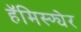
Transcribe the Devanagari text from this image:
हॅमिस्फ्येर